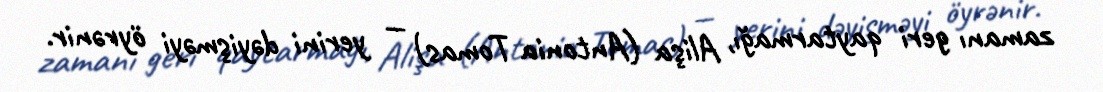
zamanı geri qaytarmağı, Alişa (Antonia Tomas) — yerini dəyişməyi öyrənir.